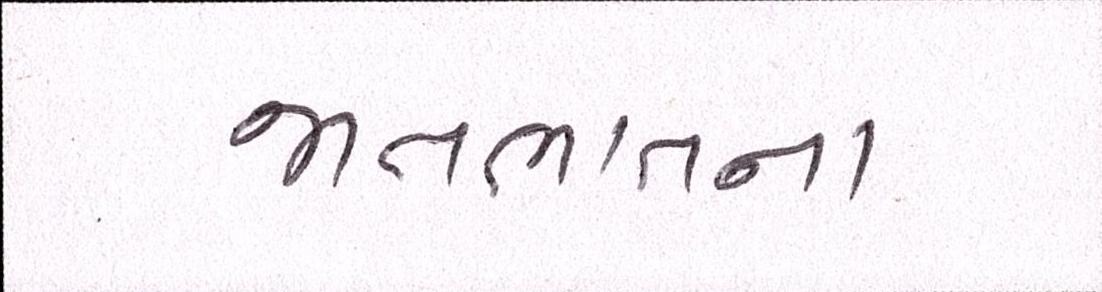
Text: જાતભાતના